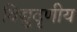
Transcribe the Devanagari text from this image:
विद्युदृणीय